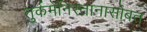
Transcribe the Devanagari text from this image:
तुर्कमेनिस्तानासोबत